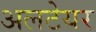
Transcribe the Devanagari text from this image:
अलटेयर